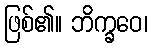
ဖြစ်၏။ ဘိက္ခဝေ၊